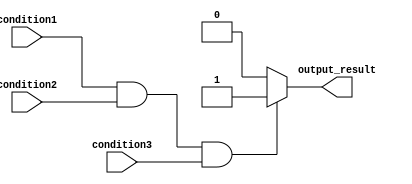
module behavioral_modeling_block(
    input condition1,
    input condition2,
    input condition3,
    output reg output_result
);

always @(*)
begin
    if (condition1 && condition2 && condition3) begin
        // Code block to be executed when all conditions are true
        output_result = 1;
    end
    else begin
        // Code block to be executed when any condition is false
        output_result = 0;
    end
end

endmodule